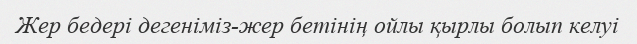
Жер бедері дегеніміз-жер бетінің ойлы қырлы болып келуі